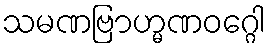
သမဏဗြာဟ္မဏဝဂ္ဂေါ